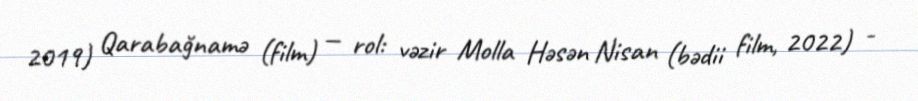
2019) Qarabağnamə (film) — rol: vəzir Molla Həsən Nisan (bədii film, 2022) -